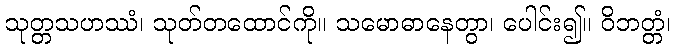
သုတ္တသဟဿံ၊ သုတ်တထောင်ကို။ သမောဓာနေတွာ၊ ပေါင်း၍။ ဝိဘတ္တံ၊